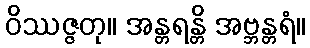
ဝိဿဇ္ဇတု။ အန္တရန္တိ အဗ္ဘန္တရံ။